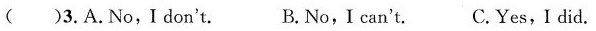
( )3.A.No,I don't. B.No,I can't. C.Yes,Idid.